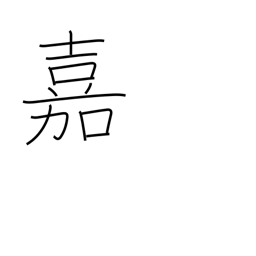
Meaning: esteem